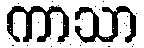
ကာသာ